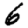
Digit: 6